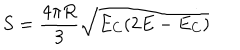
LaTeX: S = \frac { 4 \pi R } { 3 } \sqrt { E _ { C } ( 2 E - E _ { C } ) }